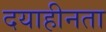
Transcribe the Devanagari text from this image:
दयाहीनता